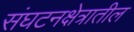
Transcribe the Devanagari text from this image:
संघटनक्षेत्रातील